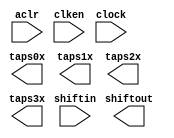
module IxIyIt_800pts_4line (
	aclr,
	clken,
	clock,
	shiftin,
	shiftout,
	taps0x,
	taps1x,
	taps2x,
	taps3x);

	input	  aclr;
	input	  clken;
	input	  clock;
	input	[26:0]  shiftin;
	output	[26:0]  shiftout;
	output	[26:0]  taps0x;
	output	[26:0]  taps1x;
	output	[26:0]  taps2x;
	output	[26:0]  taps3x;
`ifndef ALTERA_RESERVED_QIS
// synopsys translate_off
`endif
	tri1	  aclr;
	tri1	  clken;
`ifndef ALTERA_RESERVED_QIS
// synopsys translate_on
`endif

endmodule